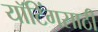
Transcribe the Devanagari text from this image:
यॉटिंगसाठी